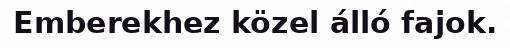
Emberekhez közel álló fajok.